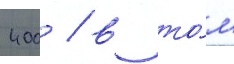
400 / в то́м